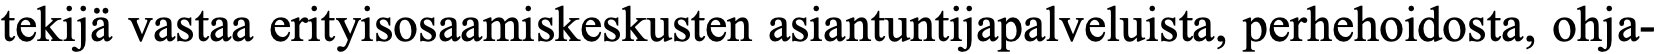
tekijä vastaa erityisosaamiskeskusten asiantuntijapalveluista, perhehoidosta, ohja-